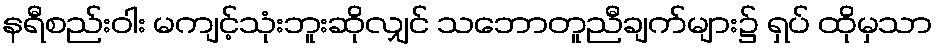
နရီစည်းဝါး မကျင့်သုံးဘူးဆိုလျှင် သဘောတူညီချက်များ၌ ရှပ် ထိုမှသာ